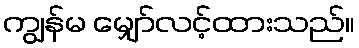
ကျွန်မ မျှော်လင့်ထားသည်။